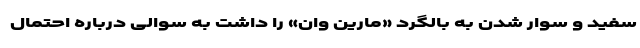
سفید و سوار شدن به بالگرد «مارین وان» را داشت به سوالی درباره احتمال